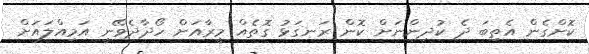
ކޮށްގެން އެތިބަ ދެ ކުދިންނަށް ކޮން ރަނގަޅު ގޮތެއް މީރާއަށް ހޯދާދެވޭނީ އަމިއްލައަށް